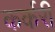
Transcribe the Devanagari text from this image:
कर्करी